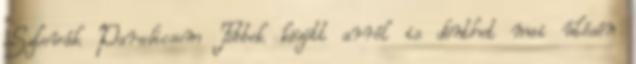
Szlovák Paradicsom Többek között arról is dönthet mai ülésén